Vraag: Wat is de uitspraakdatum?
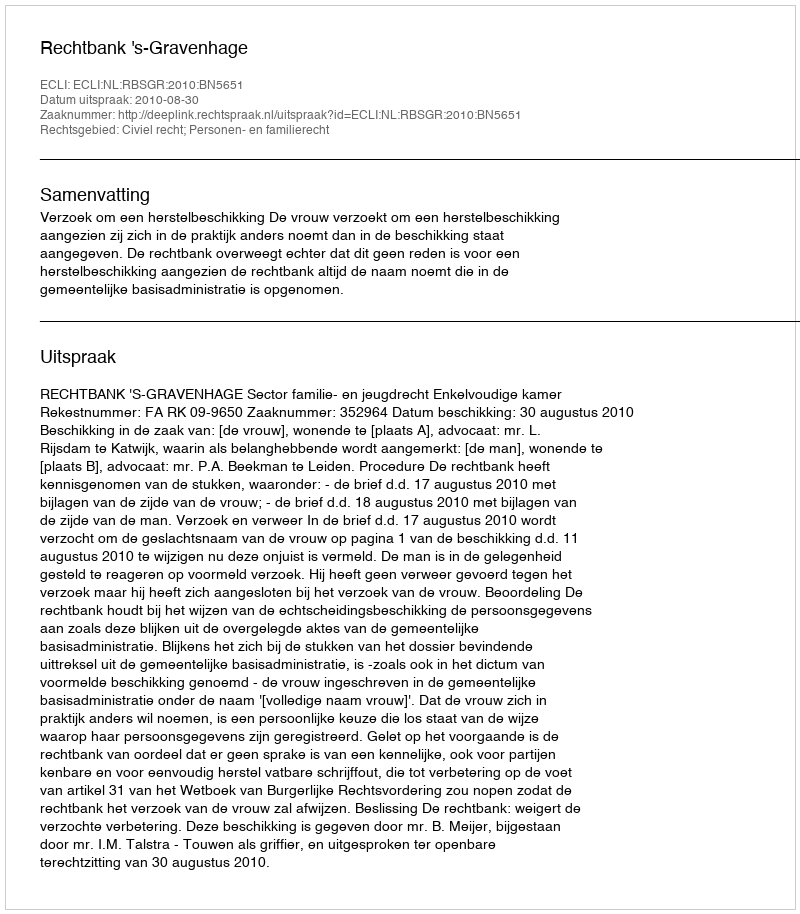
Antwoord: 2010-08-30